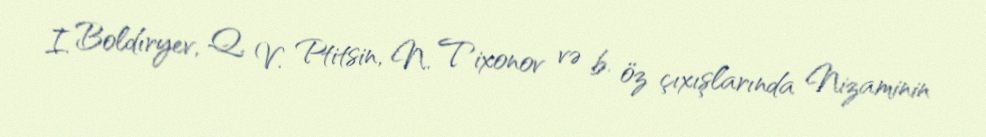
I. Boldıryev, Q. V. Ptitsin, N. Tixonov və b. öz çıxışlarında Nizaminin